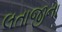
લતાજીના